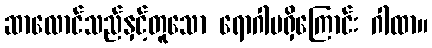
ဆာလောင်သည်နှင့်တူသော ရောဂါမရှိကြောင်း ဂါထာ။